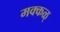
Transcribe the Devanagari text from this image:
मक्कळ्